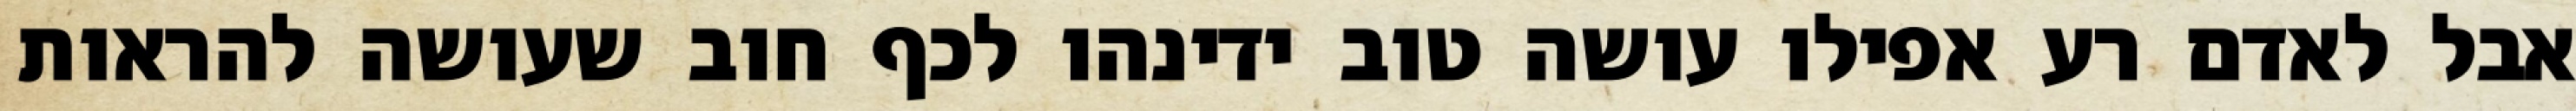
אבל לאדם רע אפילו עושה טוב ידינהו לכף חוב שעושה להראות